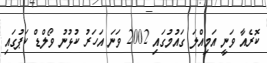
ކޮރެއާ ވަނީ އަމިއްލަ ގައުމުގައި 2002 ވަނަ އަހަރު ކުޅުނު ވޯލްޑް ކަޕުގައި